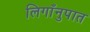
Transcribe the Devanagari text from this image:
लिगाँनुपात